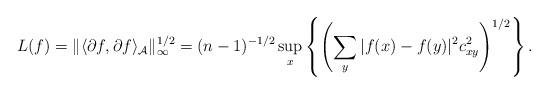
LaTeX: \begin{gather*}L(f)=\|\langle{\partial} f, {\partial} f\rangle_{\mathcal A}\|_\infty^{1/2}=(n-1)^{-1/2}\sup_x\left\{\left(\sum\limits_y|f(x)-f(y)|^2 c^2_{xy}\right)^{1/2}\right\}.\end{gather*}